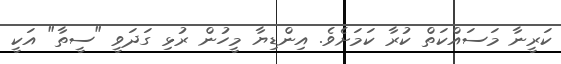
ކަރީނާ މަސައްކަތް ކުރާ ކަމަށެވެ. އިންޑިޔާ މީހުން ރުޅި ގަދަވީ "ސީތާ" އަކީ